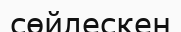
сөйлескен